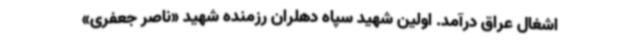
اشغال عراق درآمد. اولین شهید سپاه دهلران رزمنده شهید «ناصر جعفری»